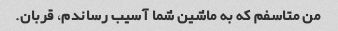
من متاسفم که به ماشین شما آسیب رساندم، قربان.